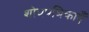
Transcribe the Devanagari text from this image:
शोधपत्रिकाएँ